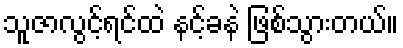
သူဇာလွင့်ရင်ထဲ နင့်ခနဲ ဖြစ်သွားတယ်။